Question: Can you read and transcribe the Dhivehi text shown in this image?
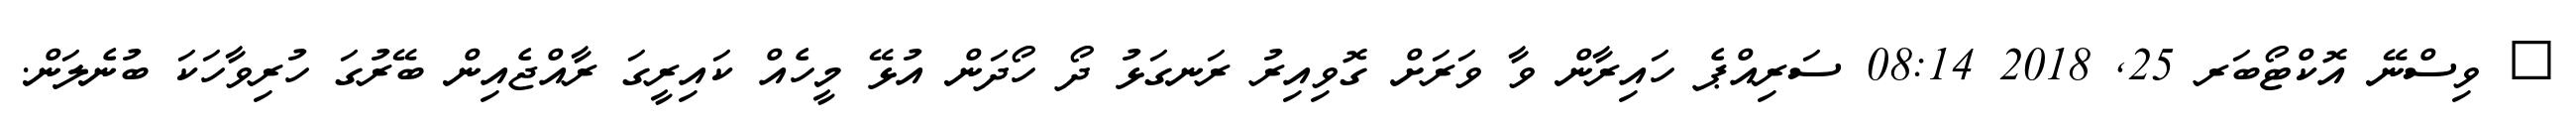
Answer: ? ވިސްނޭ އޮކްޓޯބަރ 25, 2018 08:14 ސަރިއްޕެ ހައިރާން ވާ ވަރަށް ގޮވިއިރު ރަނގަޅު ދޯ ހޯދަން އުޅޭ މީހެއް ކައިރީގަ ރާއްޖެއިން ބޭރުގަ ހުރިވާހަކަ ބުނެލަން.